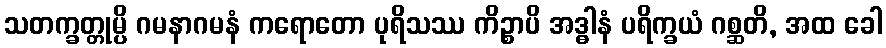
သတက္ခတ္တုမ္ပိ ဂမနာဂမနံ ကရောတော ပုရိသဿ ကိဉ္စာပိ အဒ္ဓါနံ ပရိက္ခယံ ဂစ္ဆတိ, အထ ခေါ